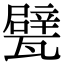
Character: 甓